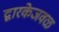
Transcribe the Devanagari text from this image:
द्वारकेजवळ